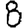
Digit: 8